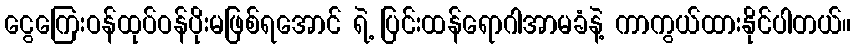
ငွေကြေးဝန်ထုပ်ဝန်ပိုးမဖြစ်ရအောင် ရဲ့ ပြင်းထန်ရောဂါအာမခံနဲ့ ကာကွယ်ထားနိုင်ပါတယ်။